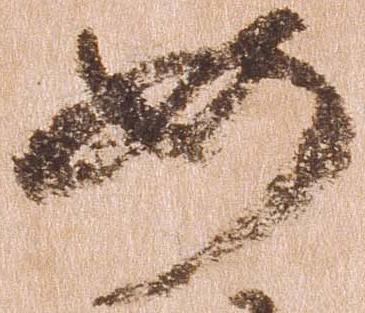
如